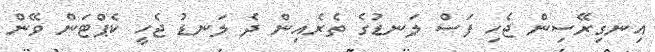
އިނގިރޭސިން ޖެހި ފަސް ލަނޑުގެ ތެރެއިން ދެ ލަނޑު ޖެހީ ކެޕްޓަން ވޭން